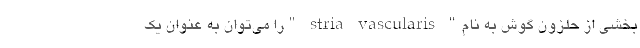
بخشی از حلزون گوش به نام" stria vascularis "را می‌توان به عنوان یک